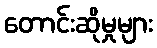
တောင်းဆိုမှုများ